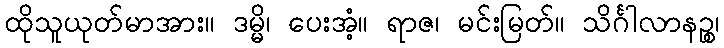
ထိုသူယုတ်မာအား။ ဒမ္မိ၊ ပေးအံ့။ ရာဇ၊ မင်းမြတ်။ သိင်္ဂါလာနဉ္စ၊